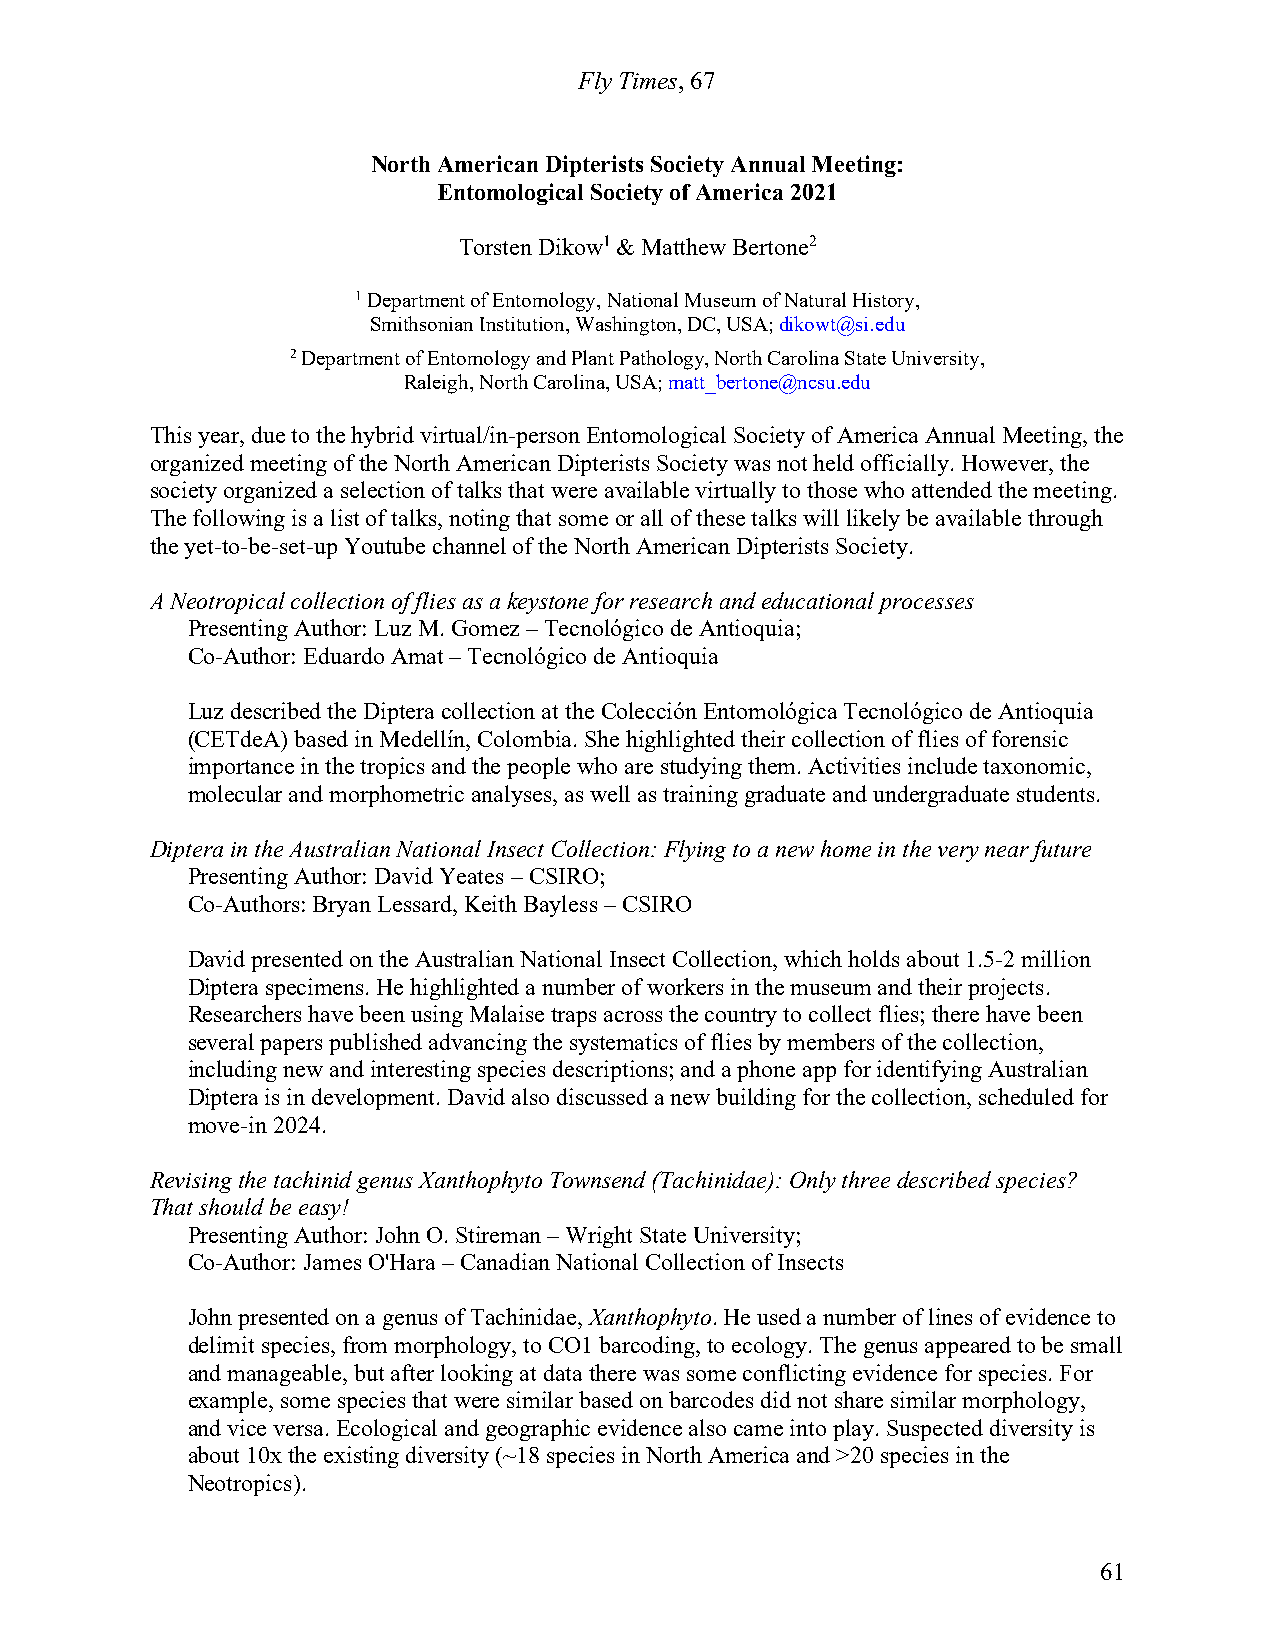
Fly Times, 67
 North American Dipterists Society Annual Meeting:
 Entomological Society of America 2021
 Torsten Dikow1 & Matthew Bertone2
 1 Department of Entomology, National Museum of Natural History,
 Smithsonian Institution, Washington, DC, USA; dikowt@si.edu
 2 Department of Entomology and Plant Pathology, North Carolina State University,
 Raleigh, North Carolina, USA; matt_bertone@ncsu.edu
 This year, due to the hybrid virtual/in-person Entomological Society of America Annual Meeting, the
 organized meeting of the North American Dipterists Society was not held officially. However, the
 society organized a selection of talks that were available virtually to those who attended the meeting.
 The following is a list of talks, noting that some or all of these talks will likely be available through
 the yet-to-be-set-up Youtube channel of the North American Dipterists Society.
 A Neotropical collection of flies as a keystone for research and educational processes
 Presenting Author: Luz M. Gomez – Tecnológico de Antioquia;
 Co-Author: Eduardo Amat – Tecnológico de Antioquia
 Luz described the Diptera collection at the Colección Entomológica Tecnológico de Antioquia
 (CETdeA) based in Medellín, Colombia. She highlighted their collection of flies of forensic
 importance in the tropics and the people who are studying them. Activities include taxonomic,
 molecular and morphometric analyses, as well as training graduate and undergraduate students.
 Diptera in the Australian National Insect Collection: Flying to a new home in the very near future
 Presenting Author: David Yeates – CSIRO;
 Co-Authors: Bryan Lessard, Keith Bayless – CSIRO
 David presented on the Australian National Insect Collection, which holds about 1.5-2 million
 Diptera specimens. He highlighted a number of workers in the museum and their projects.
 Researchers have been using Malaise traps across the country to collect flies; there have been
 several papers published advancing the systematics of flies by members of the collection,
 including new and interesting species descriptions; and a phone app for identifying Australian
 Diptera is in development. David also discussed a new building for the collection, scheduled for
 move-in 2024.
 Revising the tachinid genus Xanthophyto Townsend (Tachinidae): Only three described species?
 That should be easy!
 Presenting Author: John O. Stireman – Wright State University;
 Co-Author: James O'Hara – Canadian National Collection of Insects
 John presented on a genus of Tachinidae, Xanthophyto. He used a number of lines of evidence to
 delimit species, from morphology, to CO1 barcoding, to ecology. The genus appeared to be small
 and manageable, but after looking at data there was some conflicting evidence for species. For
 example, some species that were similar based on barcodes did not share similar morphology,
 and vice versa. Ecological and geographic evidence also came into play. Suspected diversity is
 about 10x the existing diversity (~18 species in North America and >20 species in the
 Neotropics).
 61